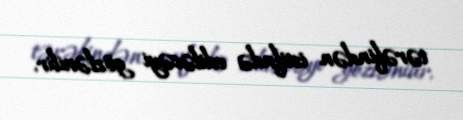
tərəfindən istifadə ediləcəyi gözlənilir.